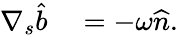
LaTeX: \begin{array}{rl}{\nabla_{s}\widehat{b}}&{{}=-\omega\widehat{n}.}\end{array}